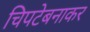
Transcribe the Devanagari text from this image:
चिपटेबनाकर